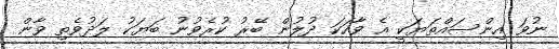
ނުވަ އިންސައްތަޔަކީ އެ ވާހަކަ ދުލުން ބޭރު ކުރެވުނު ބަޔަކު ލަދުވެތި ވާން